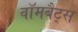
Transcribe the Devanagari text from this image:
वॉमबैट्स